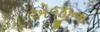
એજીના